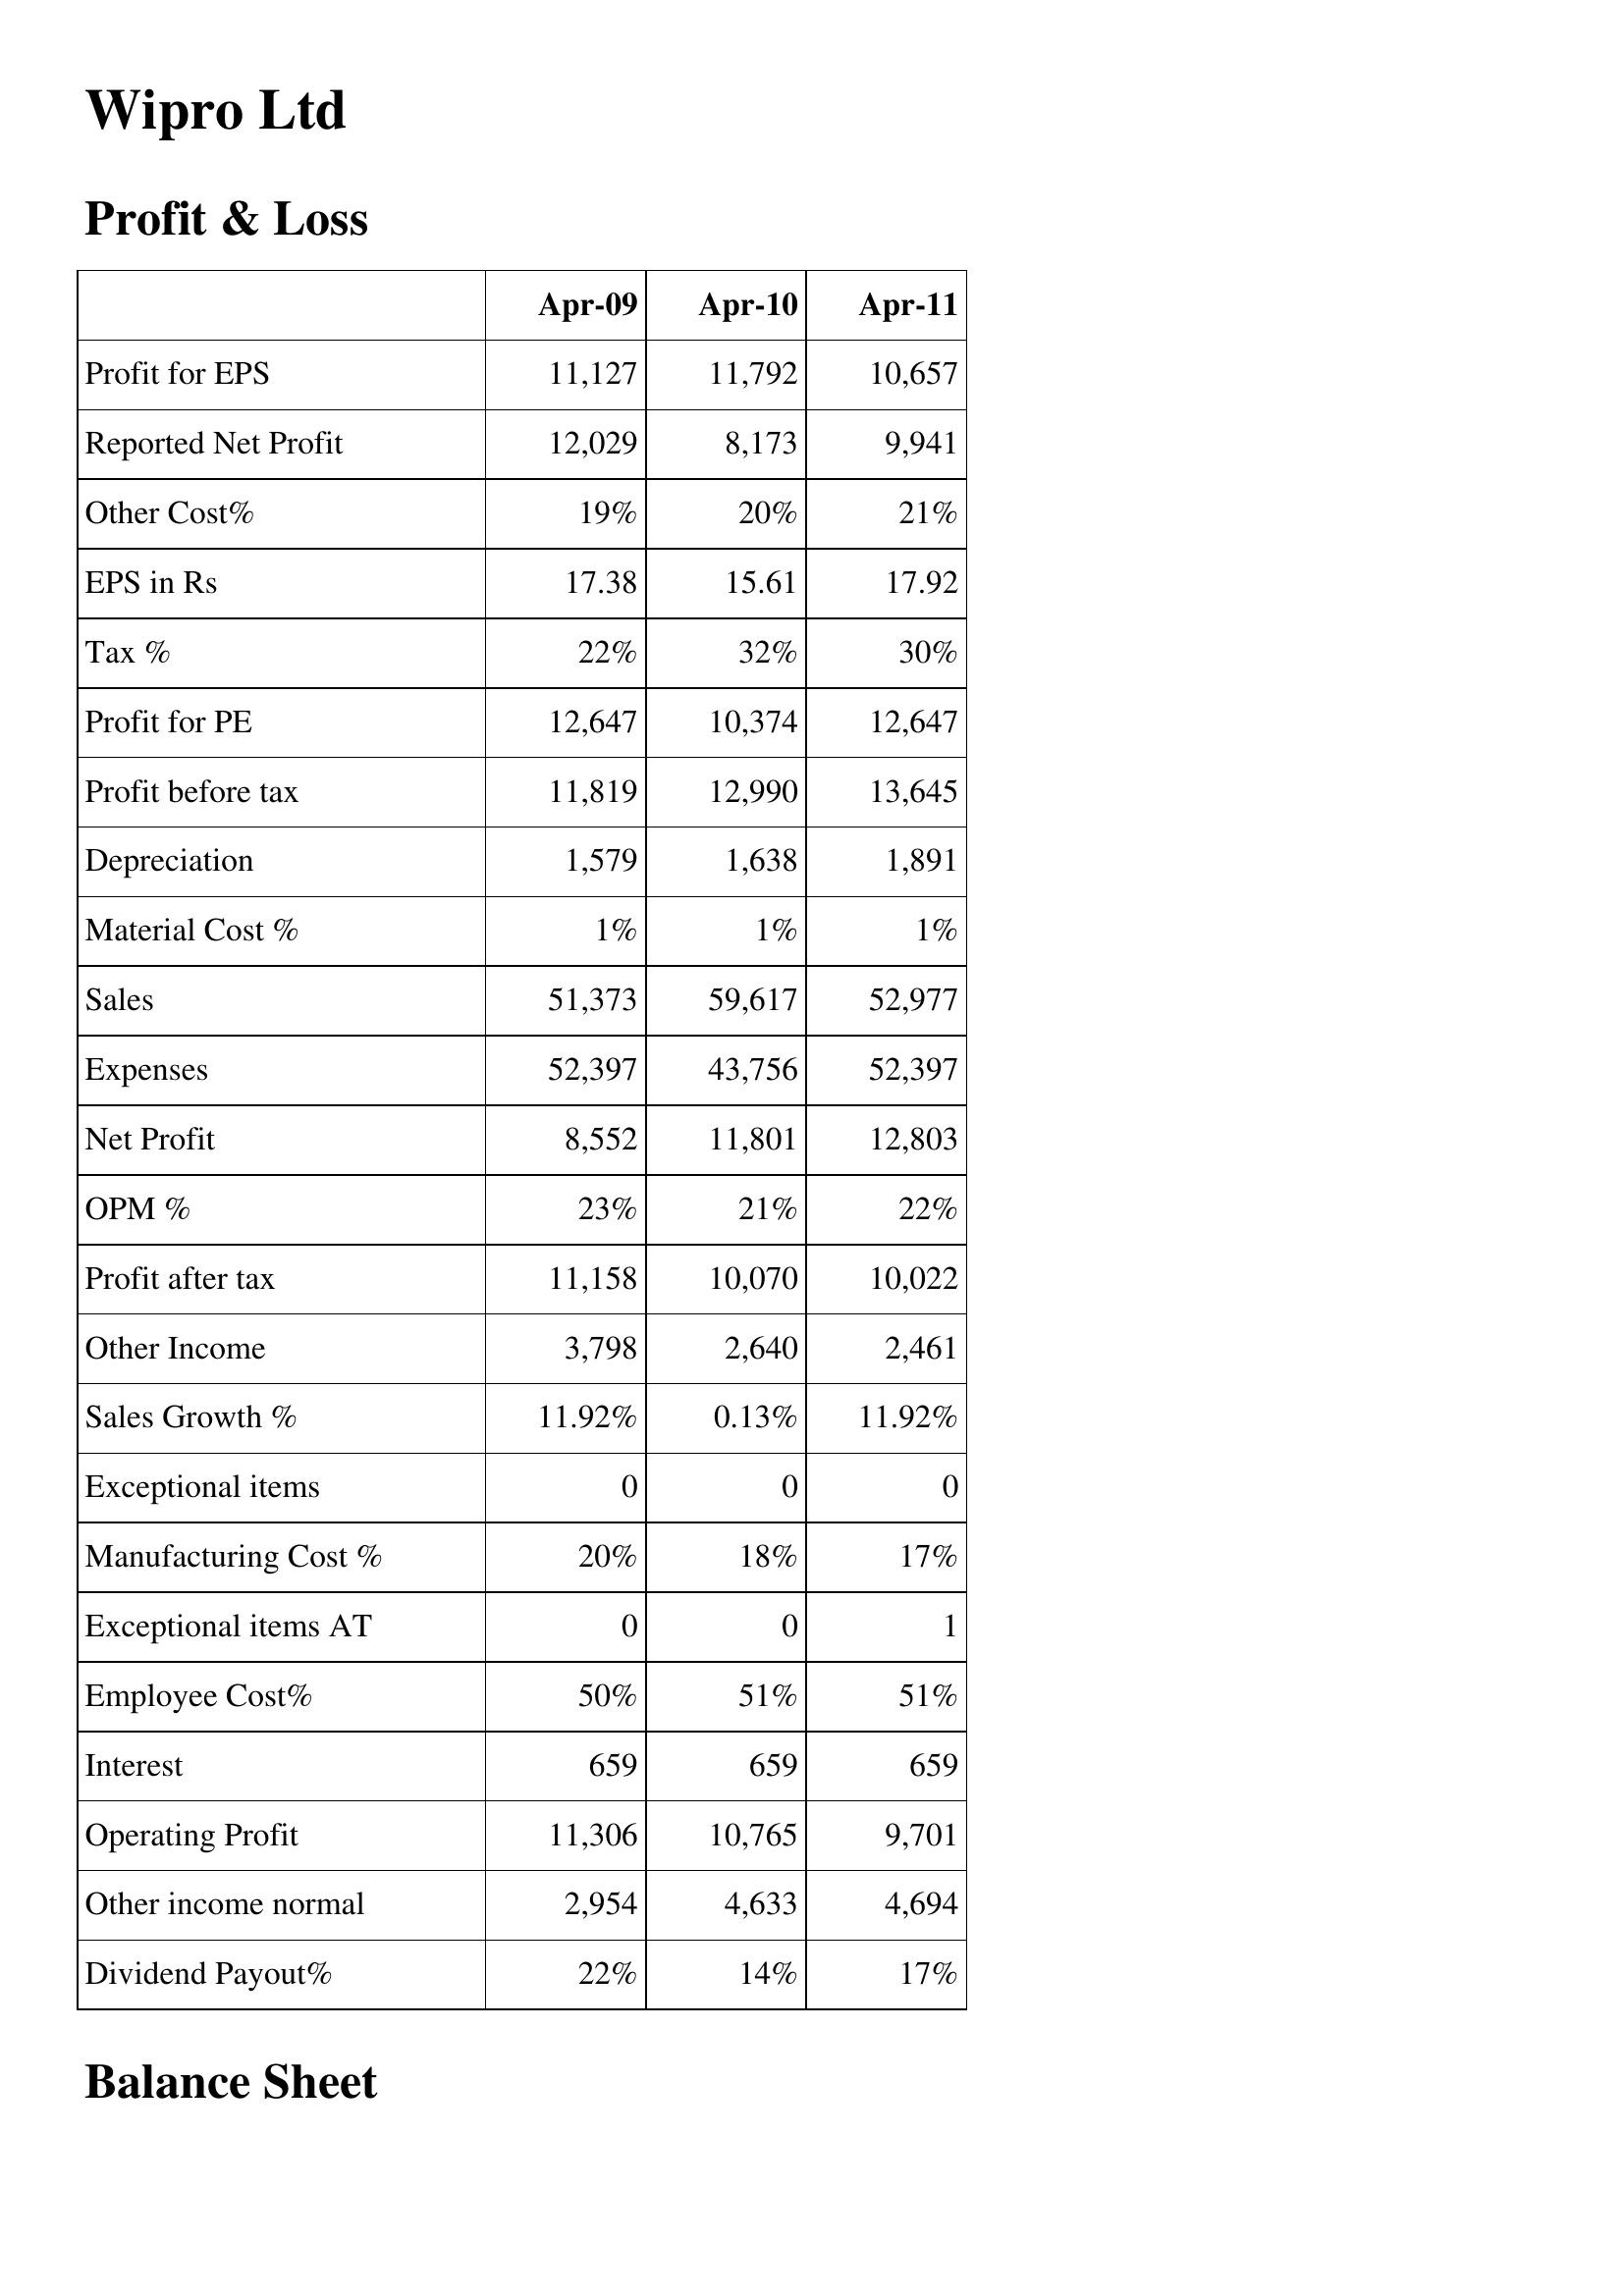
Apr-09: Profit & Loss: Profit for EPS: 11,127
Reported Net Profit: 12,029
Other Cost%: 19%
EPS in Rs: 17.38
Tax %: 22%
Profit for PE: 12,647
Profit before tax: 11,819
Depreciation: 1,579
Material Cost %: 1%
Sales: 51,373
Expenses: 52,397
Net Profit: 8,552
OPM %: 23%
Profit after tax: 11,158
Other Income: 3,798
Sales Growth %: 11.92%
Exceptional items: 0
Manufacturing Cost %: 20%
Exceptional items AT: 0
Employee Cost%: 50%
Interest: 659
Operating Profit: 11,306
Other income normal: 2,954
Dividend Payout%: 22%
Apr-10: Profit & Loss: Profit for EPS: 11,792
Reported Net Profit: 8,173
Other Cost%: 20%
EPS in Rs: 15.61
Tax %: 32%
Profit for PE: 10,374
Profit before tax: 12,990
Depreciation: 1,638
Material Cost %: 1%
Sales: 59,617
Expenses: 43,756
Net Profit: 11,801
OPM %: 21%
Profit after tax: 10,070
Other Income: 2,640
Sales Growth %: 0.13%
Exceptional items: 0
Manufacturing Cost %: 18%
Exceptional items AT: 0
Employee Cost%: 51%
Interest: 659
Operating Profit: 10,765
Other income normal: 4,633
Dividend Payout%: 14%
Apr-11: Profit & Loss: Profit for EPS: 10,657
Reported Net Profit: 9,941
Other Cost%: 21%
EPS in Rs: 17.92
Tax %: 30%
Profit for PE: 12,647
Profit before tax: 13,645
Depreciation: 1,891
Material Cost %: 1%
Sales: 52,977
Expenses: 52,397
Net Profit: 12,803
OPM %: 22%
Profit after tax: 10,022
Other Income: 2,461
Sales Growth %: 11.92%
Exceptional items: 0
Manufacturing Cost %: 17%
Exceptional items AT: 1
Employee Cost%: 51%
Interest: 659
Operating Profit: 9,701
Other income normal: 4,694
Dividend Payout%: 17%